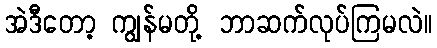
အဲဒီတော့ ကျွန်မတို့ ဘာဆက်လုပ်ကြမလဲ။